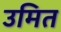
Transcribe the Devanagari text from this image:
उमित